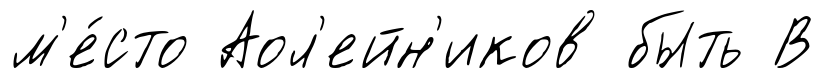
м'е́сто Аол'ейн'иков быть В